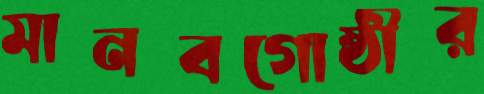
মানবগোষ্ঠীর